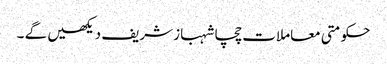
حکومتی معاملات چچا شہباز شریف دیکھیں گے ۔